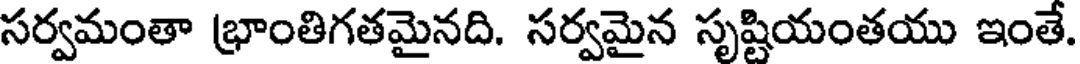
సర్వమంతా భ్రాంతిగతమైనది. సర్వమైన సృష్టియంతయు ఇంతే.